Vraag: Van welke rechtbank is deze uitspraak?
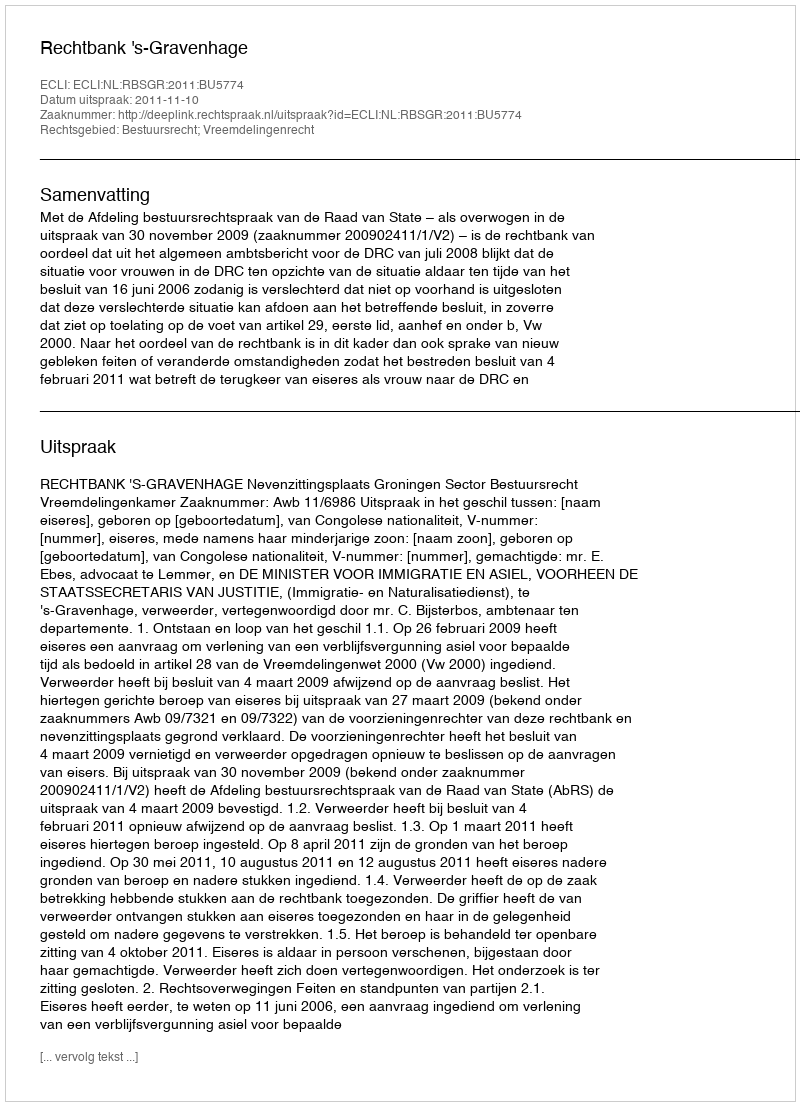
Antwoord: Rechtbank 's-Gravenhage